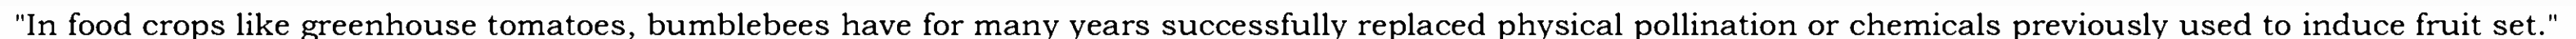
"In food crops like greenhouse tomatoes, bumblebees have for many years successfully replaced physical pollination or chemicals previously used to induce fruit set."